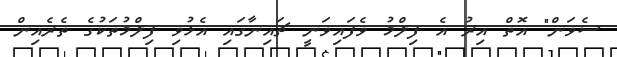
ސެވަން" އޮތް އިރު އެ ފިލްމު ވެފައިވަނީ ޗައިނާގައި އެޅުވި ފިލްމުތަކުގެ ތެރެއިން